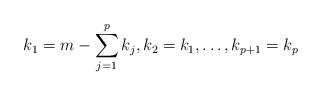
\begin{align*} k_1 = m - \sum_{j=1}^p k_j, k_2 = k_1, \ldots, k_{p+1} = k_p\end{align*}